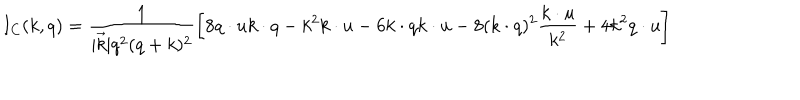
LaTeX: I _ { C } ( k , q ) = \frac { 1 } { | \vec { k } | q ^ { 2 } ( q + k ) ^ { 2 } } \left[ 8 q \cdot u k \cdot q - k ^ { 2 } k \cdot u - 6 k \cdot q k \cdot u - 8 ( k \cdot q ) ^ { 2 } \frac { k \cdot u } { k ^ { 2 } } + 4 k ^ { 2 } q \cdot u \right]